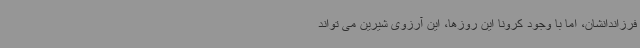
فرزاندانشان، اما با وجود کرونا این روزها، این آرزوی شیرین می تواند